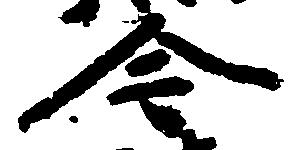
今